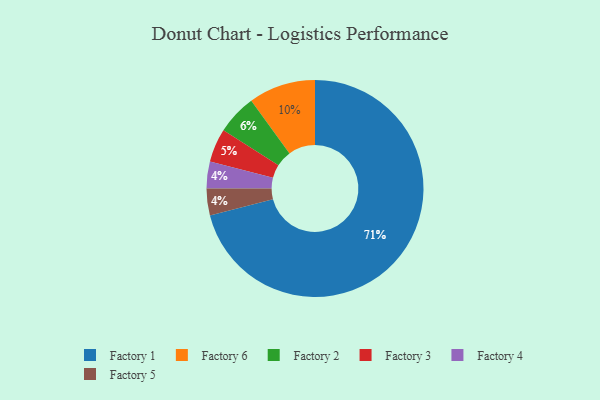
{"axis": {"x": "Category", "y": "Percentage"}, "legend": ["Factory 1", "Factory 2", "Factory 3", "Factory 4", "Factory 5", "Factory 6"], "data": [{"x": "Factory 2", "y": 6, "type": "Factory 2"}, {"x": "Factory 1", "y": 71, "type": "Factory 1"}, {"x": "Factory 4", "y": 4, "type": "Factory 4"}, {"x": "Factory 3", "y": 5, "type": "Factory 3"}, {"x": "Factory 5", "y": 4, "type": "Factory 5"}, {"x": "Factory 6", "y": 10, "type": "Factory 6"}]}